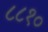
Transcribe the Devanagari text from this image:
८८१०